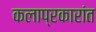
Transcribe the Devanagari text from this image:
कलाप्रकारांत